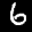
Label: 6